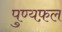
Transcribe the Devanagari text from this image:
पुण्यफ़ल